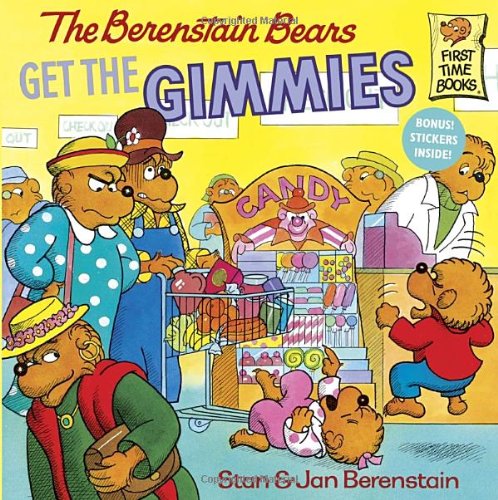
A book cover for The Berenstain Bears Get the Gimmies; Stan Berenstain; Children's Books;